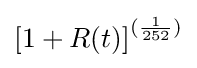
\left[1+R(t)\right]^{({\frac {1}{252}})}